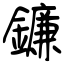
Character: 鐮